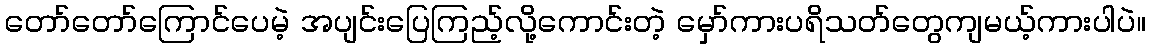
တော်တော်ကြောင်ပေမဲ့ အပျင်းပြေကြည့်လို့ကောင်းတဲ့ မှော်ကားပရိသတ်တွေကျမယ့်ကားပါပဲ။